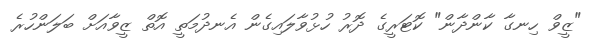
"ޒީވް ހިނގާ ކާންދާން" ކޮޓަރީގެ ދޮރު ހުޅުވާލައިގެން އެނދުމަތީ އޮތް ޒީވާއަށް ބަލަންހުރެ